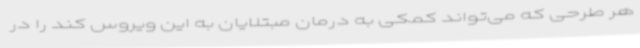
هر طرحی که می‌تواند کمکی به درمان مبتلایان به این ویروس کند را در